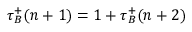
\tau _ { B } ^ { + } ( n + 1 ) = 1 + \tau _ { B } ^ { + } ( n + 2 )